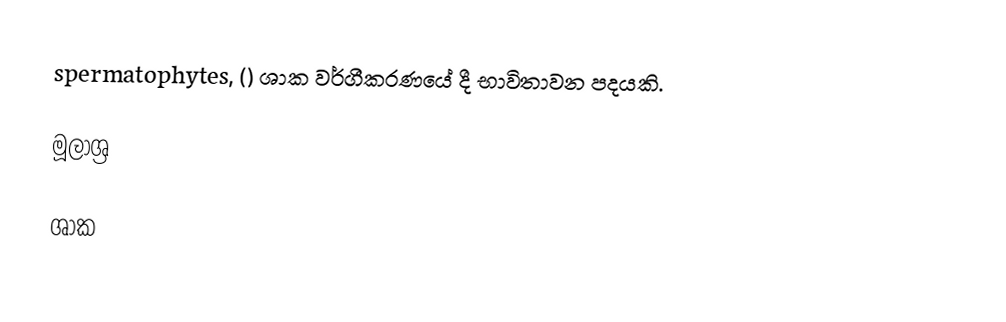
spermatophytes, () ශාක වර්ගීකරණයේ දී භාවිතාවන පදයකි.

මූලාශ්‍ර

ශාක